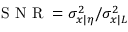
\mathrm { ~ S ~ N ~ R ~ } = \sigma _ { x | \eta } ^ { 2 } / \sigma _ { x | L } ^ { 2 }